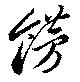
飾